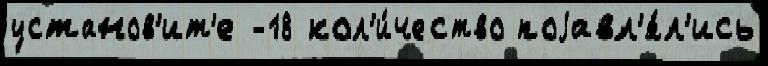
установ'ит'е -18 кол'и́чество поjавл'я́л'ись